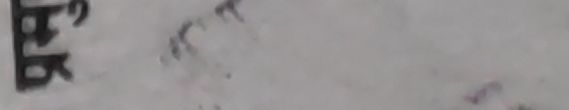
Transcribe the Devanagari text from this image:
श्रीभूबजरे